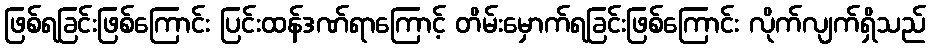
ဖြစ်ရခြင်းဖြစ်ကြောင်း ပြင်းထန်ဒဏ်ရာကြောင့် တိမ်းမှောက်ရခြင်းဖြစ်ကြောင်း လိုက်လျက်ရှိသည်